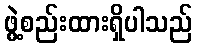
ဖွဲ့စည်းထားရှိပါသည်